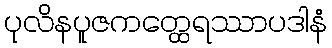
ပုလိနပူဇကတ္ထေရဿာပဒါနံ